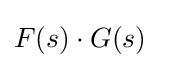
F(s)\cdot G(s)\